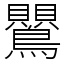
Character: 鸎